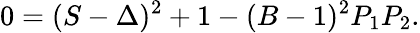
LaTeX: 0=(S-\Delta)^{2}+1-(B-1)^{2}P_{1}P_{2}.